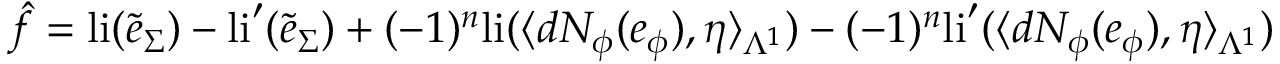
\hat { f } = \mathrm { l i } ( \tilde { e } _ { \Sigma } ) - \mathrm { l i } ^ { \prime } ( \tilde { e } _ { \Sigma } ) + ( - 1 ) ^ { n } \mathrm { l i } ( \langle d N _ { \phi } ( e _ { \phi } ) , \eta \rangle _ { \Lambda ^ { 1 } } ) - ( - 1 ) ^ { n } \mathrm { l i } ^ { \prime } ( \langle d N _ { \phi } ( e _ { \phi } ) , \eta \rangle _ { \Lambda ^ { 1 } } )